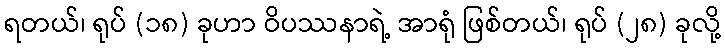
ရတယ်၊ ရုပ် (၁၈) ခုဟာ ဝိပဿနာရဲ့ အာရုံ ဖြစ်တယ်၊ ရုပ် (၂၈) ခုလို့